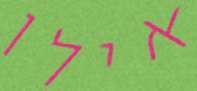
אילו